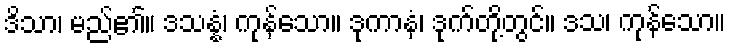
ဒိသာ၊ မည်၏။ ဒသန္နံ၊ ကုန်သော။ ဒုကာနံ၊ ဒုက်တို့တွင်။ ဒသ၊ ကုန်သော။